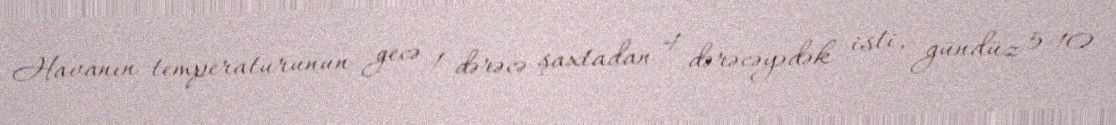
Havanın temperaturunun gecə 1 dərəcə şaxtadan 4 dərəcəyədək isti, gündüz 5-10